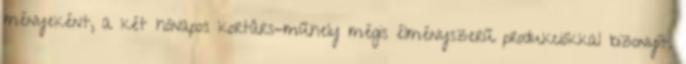
ményeként, a két hónapos kortárs-műhely mégis élményszerű produkciókkal bizonyít.